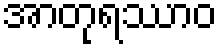
အာတုရဿာဝ